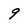
Character: 9